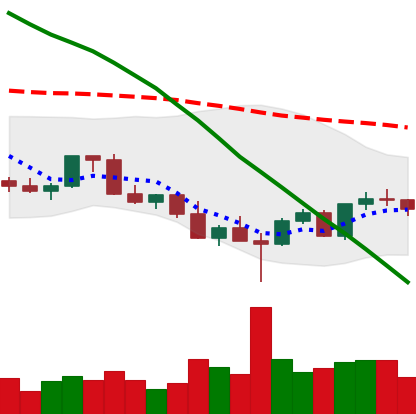
Ticker: LINK-USD
Chart end date: 2022-03-03
Forward return: -12.214%
Label: down_7plus